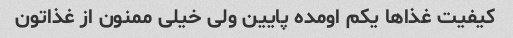
کیفیت غذاها یکم اومده پایین ولی خیلی ممنون از غذاتون